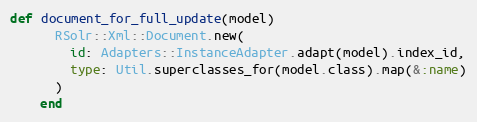
Language: Ruby
def document_for_full_update(model)
      RSolr::Xml::Document.new(
        id: Adapters::InstanceAdapter.adapt(model).index_id,
        type: Util.superclasses_for(model.class).map(&:name)
      )
    end